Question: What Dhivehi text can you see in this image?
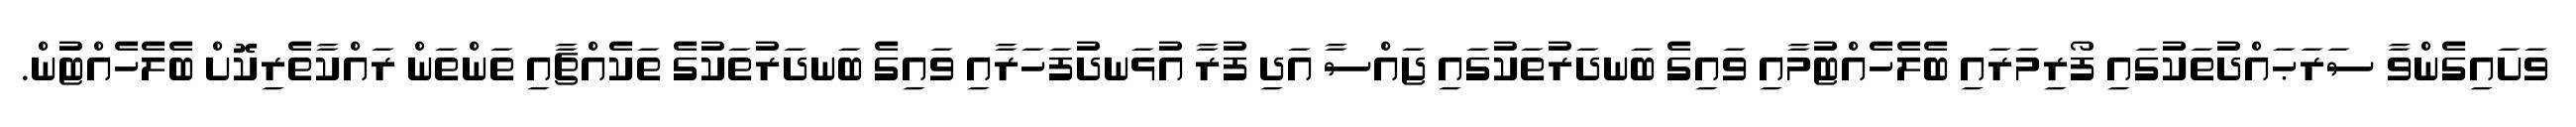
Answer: ވަށައިގެންވާ ސަރަޙައްދުތަކުގައި ފޯރިމަރައި ބެލެހެއްޓުމާއި ވައިގެ ބަނދަރުތަކުގައި ޖައްސާ އަދި ފުރާ އުޅަނދުފަހަރާއި ވައިގެ ބަނދަރުތަކުގެ ތަކެއްޗާއި ތަންތަން ރައްކާތެރިކޮށް ބެލެހެއްޓުން.